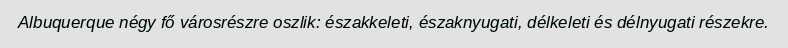
Albuquerque négy fő városrészre oszlik: északkeleti, északnyugati, délkeleti és délnyugati részekre.